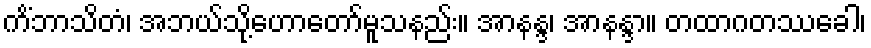
ကိံဘာသိတံ၊ အဘယ်သို့ဟောတော်မူသနည်း။ အာနန္ဒ၊ အာနန္ဒာ။ တထာဂတဿခေါ၊